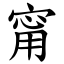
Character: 甯